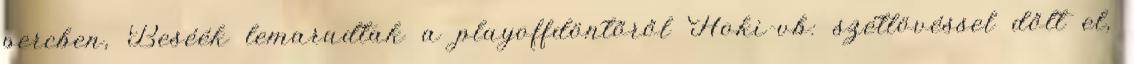
percben, Beséék lemaradtak a playoffdöntőről Hoki-vb: szétlövéssel dőlt el,